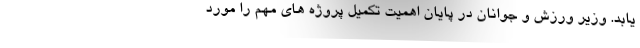
یابد. وزیر ورزش و جوانان در پایان اهمیت تکمیل پروژه های مهم را مورد